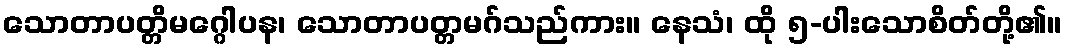
သောတာပတ္တိမဂ္ဂေါပန၊ သောတာပတ္တမဂ်သည်ကား။ နေသံ၊ ထို ၅-ပါးသောစိတ်တို့၏။